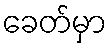
ခေတ်မှာ